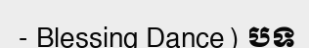
- Blessing Dance) បទ